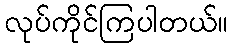
လုပ်ကိုင်ကြပါတယ်။